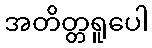
အတိတ္တရူပေါ